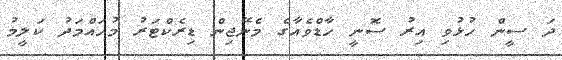
ދަ ސީން ހުޅުވި އިރު ސޮނީ ހާޑްވެއާގެ މެނޭޖިން ޑިރެކްޓަރު މުހައްމަދު ކަލީމު